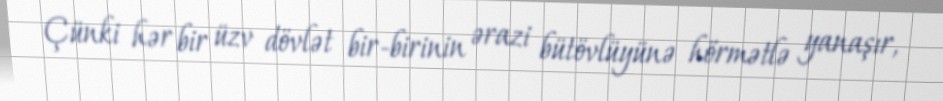
Çünki hər bir üzv dövlət bir-birinin ərazi bütövlüyünə hörmətlə yanaşır,